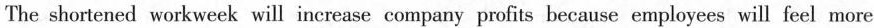
The shortened workweek will increase company profits because employees will feel more